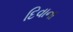
દિવાના